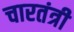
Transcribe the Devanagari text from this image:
चारतंत्री